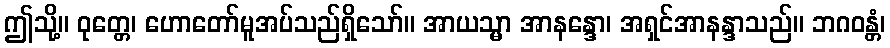
ဤသို့။ ဝုတ္တေ၊ ဟောတော်မူအပ်သည်ရှိသော်။ အာယသ္မာ အာနန္ဒော၊ အရှင်အာနန္ဒာသည်။ ဘဂဝန္တံ၊